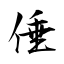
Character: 倕